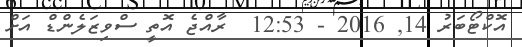
އޮކްޓޯބަރު 14